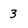
Character: 3